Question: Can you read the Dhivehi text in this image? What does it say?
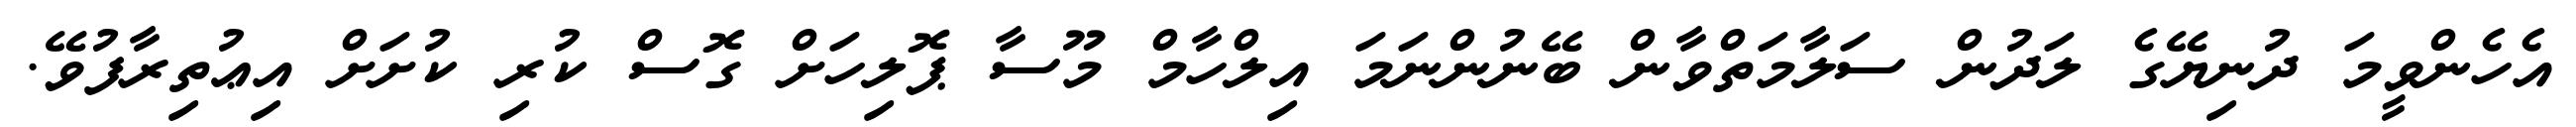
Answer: އެހެންވީމަ ދުނިޔޭގެ ލަދުން ސަލާމަތްވާން ބޭނުންނަމަ އިލްހާމް މޫސާ ޕޮލިހަށް ގޮސް ކުރި ކުށަށް އިޢުތިރާފުވޭ.